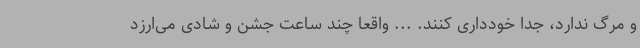
و مرگ ندارد، جدا خودداری کنند. ... واقعا چند ساعت جشن و شادی می‌ارزد